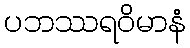
ပဘဿရဝိမာနံ